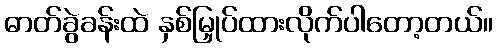
ဓာတ်ခွဲခန်းထဲ နှစ်မြှုပ်ထားလိုက်ပါတော့တယ်။